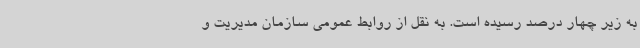
به زیر چهار درصد رسیده است. به نقل از روابط عمومی سازمان مدیریت و